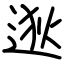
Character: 逖